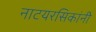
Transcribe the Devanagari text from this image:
नाटयरसिकांनी